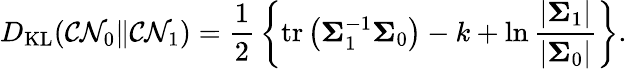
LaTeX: D_{\mathrm{KL}}({\mathcal{CN}}_{0}\| {\mathcal{CN}}_{1})={\frac{1}{2}}\left\{ \operatorname{tr}\left({\boldsymbol{\Sigma}}_{1}^{-1}{\boldsymbol{\Sigma}}_{0}\right)-k+\ln{\frac{|{\boldsymbol{\Sigma}}_{1}|}{|{\boldsymbol{\Sigma}}_{0}|}}\right\} .